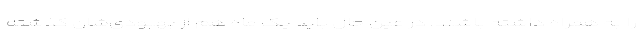
را به همراه داشته باشند. در عین حال باید یک ماه هم از بهبودی‌شان گذشته